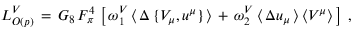
{ \cal L } _ { { \cal O } ( p ) } ^ { V } \, = \, G _ { 8 } \, F _ { \pi } ^ { 4 } \, \left[ \, \omega _ { 1 } ^ { V } \, \langle \, \Delta \, \{ V _ { \mu } , u ^ { \mu } \} \, \rangle \, + \, \omega _ { 2 } ^ { V } \, \langle \, \Delta u _ { \mu } \, \rangle \, \langle V ^ { \mu } \rangle \, \right] \; ,